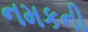
નમકની